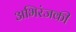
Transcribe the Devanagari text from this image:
अभिरंजकी